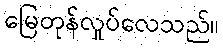
မြေတုန်လှုပ်လေသည်။